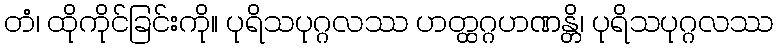
တံ၊ ထိုကိုင်ခြင်းကို။ ပုရိသပုဂ္ဂလဿ ဟတ္ထဂ္ဂဟဏန္တိ၊ ပုရိသပုဂ္ဂလဿ